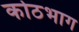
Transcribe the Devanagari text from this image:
कोठभाग